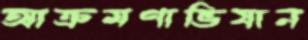
আক্রমণাভিযান